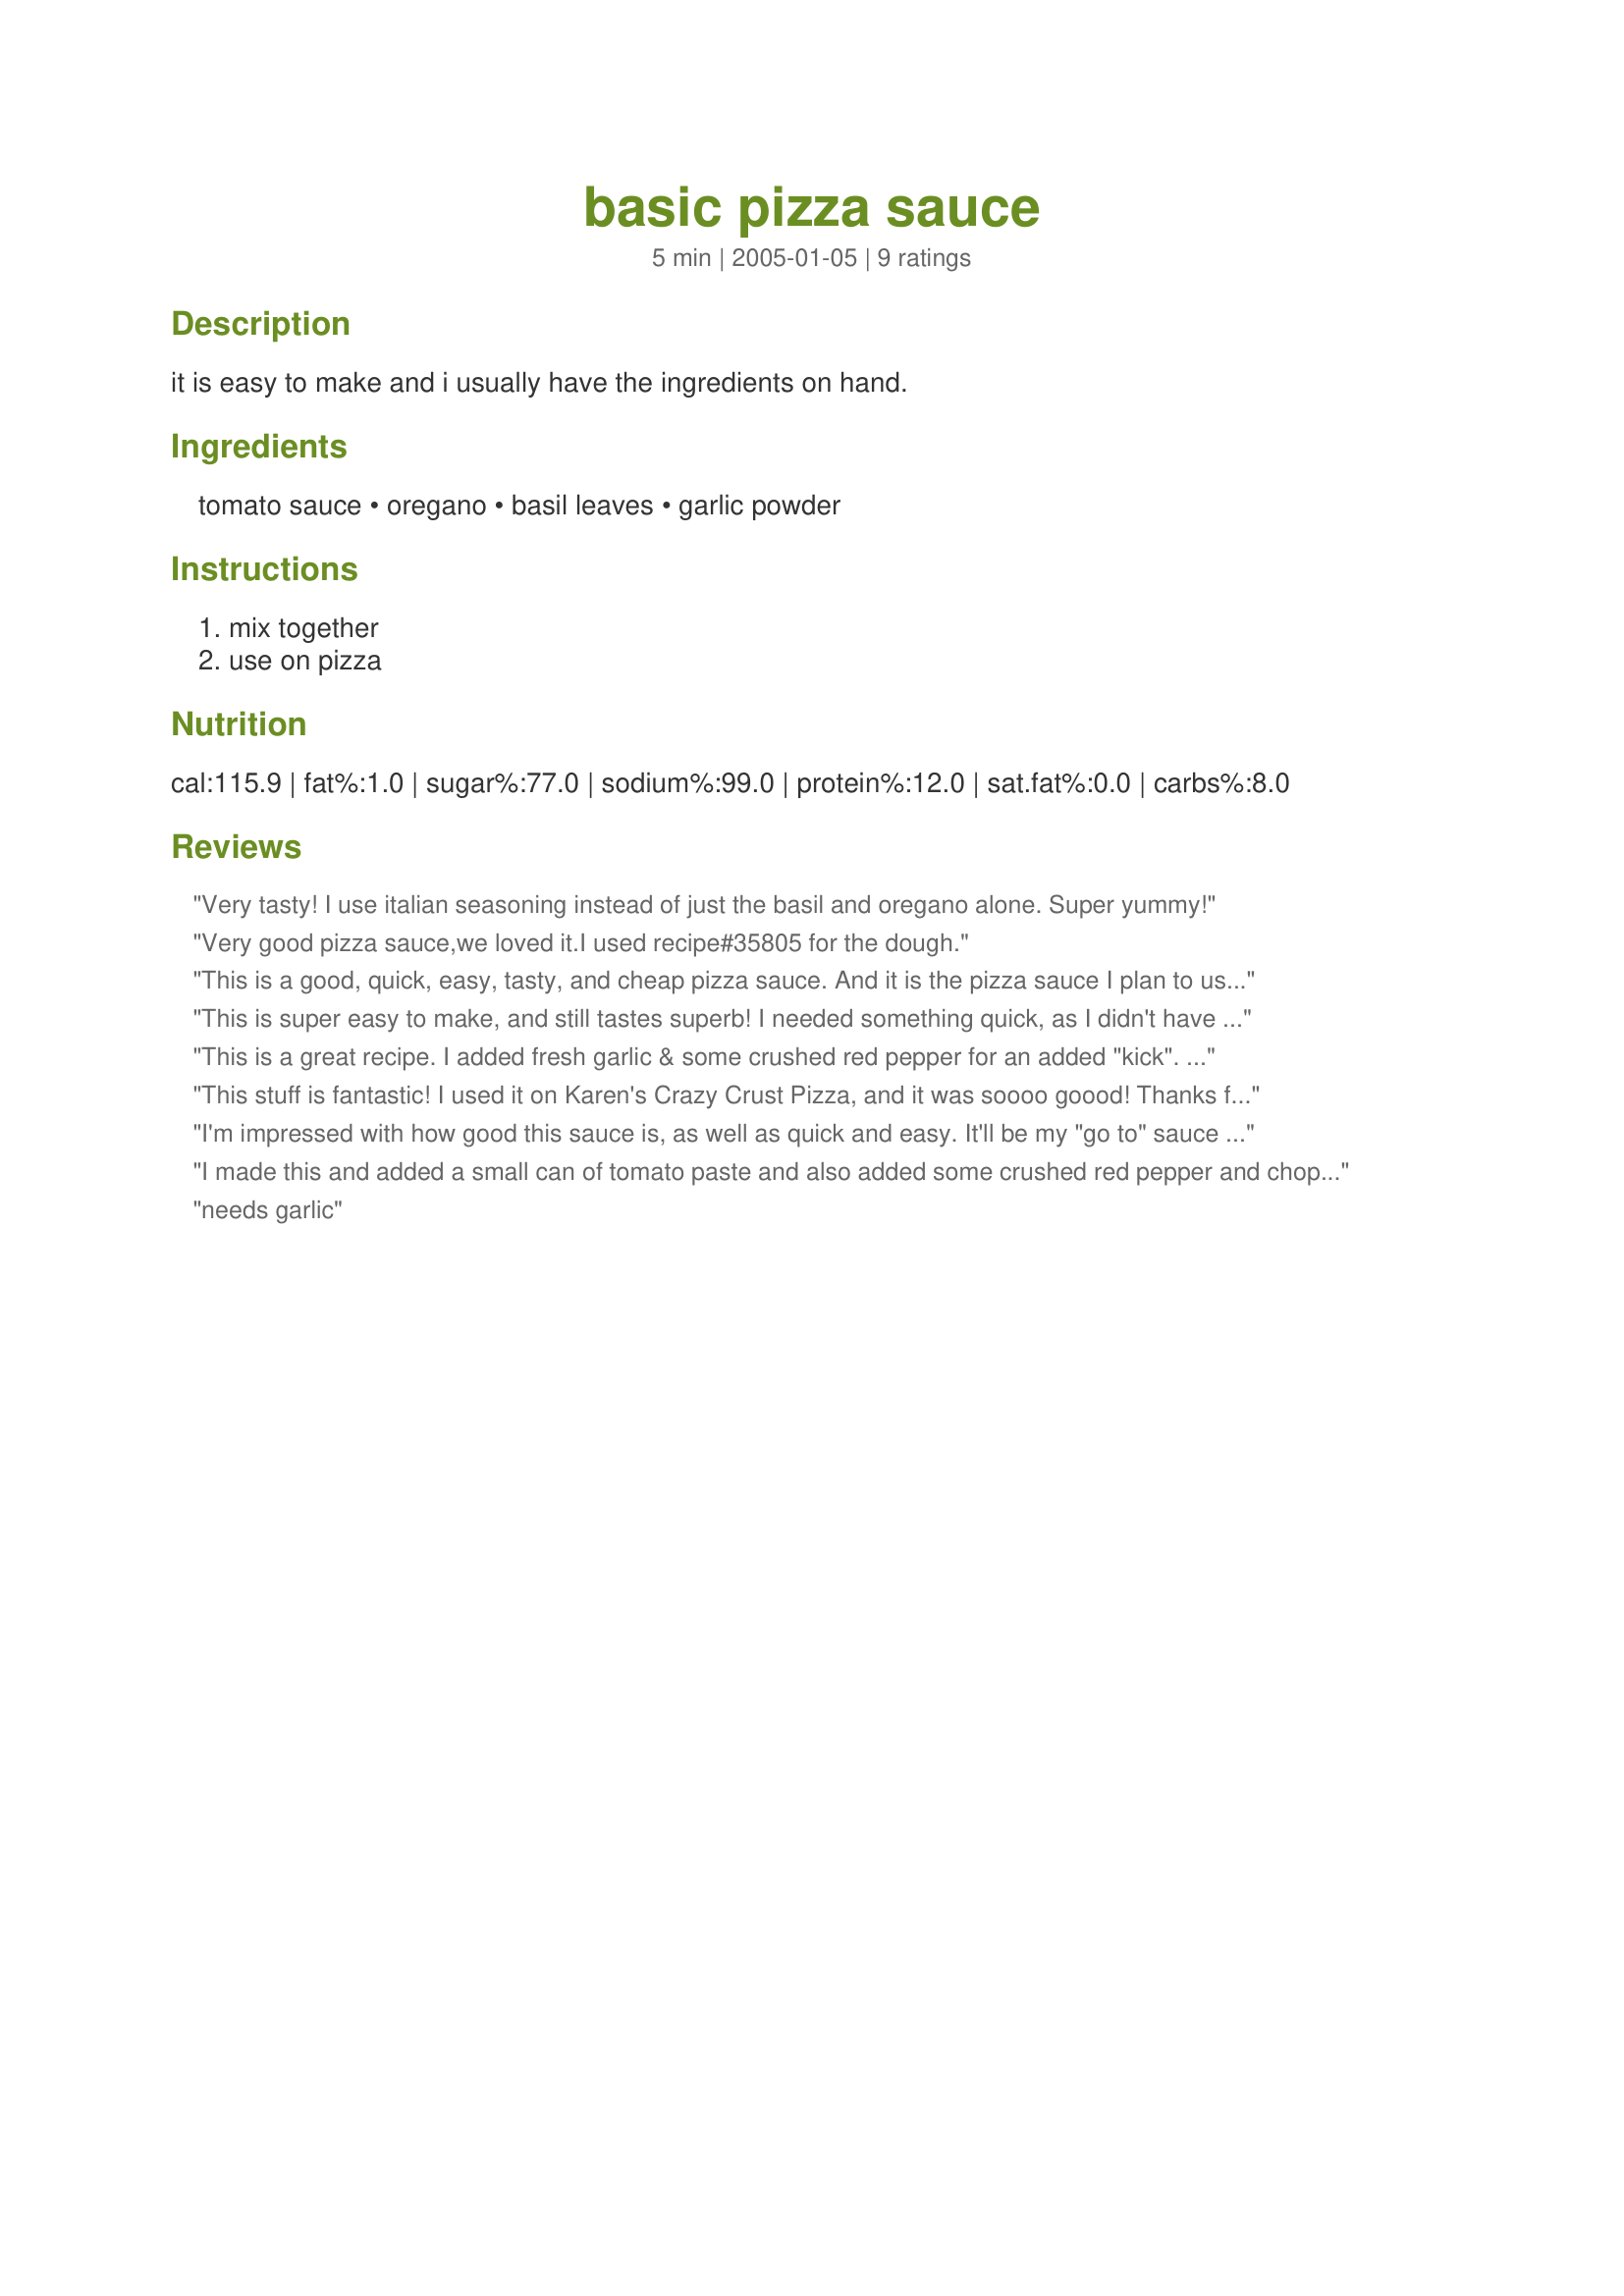
basic pizza sauce
Preparation time: 5 minutes

it is easy to make and i usually have the ingredients on hand.

Ingredients:
tomato sauce, oregano, basil leaves, garlic powder

Steps:
mix together, use on pizza

Reviews:
Very tasty! I use italian seasoning instead of just the basil and oregano alone. Super yummy!
Very good pizza sauce,we loved it.I used recipe#35805 for the dough.
This is a good, quick, easy, tasty, and cheap pizza sauce. And it is the pizza sauce I plan to use from here on out. Thanks!
This is super easy to make, and still tastes superb! I needed something quick, as I didn't have time to cook a sauce, let it simmer, etc. I added 1 tsp of pizza seasoning, 1/2 tsp of onion powder and some crushed red pepper to give it a bit more zip! Thanks!
This is a great recipe. I added fresh garlic & some crushed red pepper for an added "kick". My husband LOVED IT. This will be a keeper!
Thanks for sharing such a great recipe.
This stuff is fantastic! I used it on Karen's Crazy Crust Pizza, and it was soooo goood! Thanks for this easy and quick recipe ... Tis a keeper! Laudee
I'm impressed with how good this sauce is, as well as quick and easy. It'll be my "go to" sauce from now on. Thank you.
I made this and added a small can of tomato paste and also added some crushed red pepper and chopped garlic (I like the extra garlic!) and it was a hit! I even make it as a side sauce for calzones.
needs garlic
